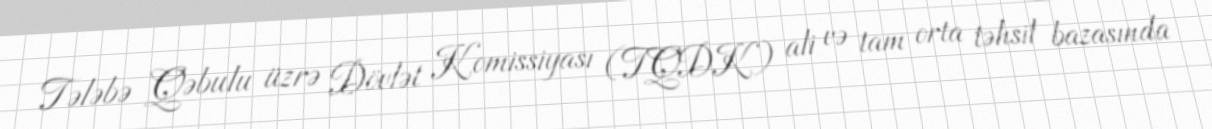
Tələbə Qəbulu üzrə Dövlət Komissiyası (TQDK) ali və tam orta təhsil bazasında